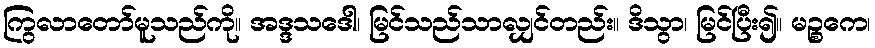
ကြွလာတော်မူသည်ကို။ အဒ္ဒသဒေါ၊ မြင်သည်သာလျှင်တည်း။ ဒိသွာ၊ မြင်ပြီး၍။ မဉ္စကေ၊